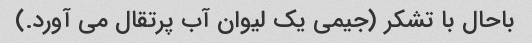
باحال با تشکر (جیمی یک لیوان آب پرتقال می آورد.)